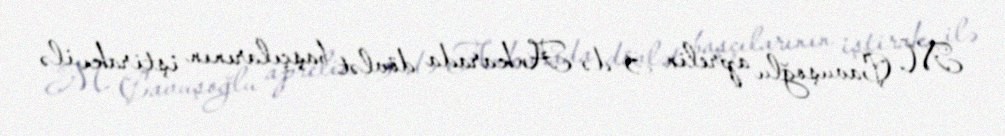
M. Çavuşoğlu aprelin 3-də Ankarada dövlət başçılarının iştirakı ilə